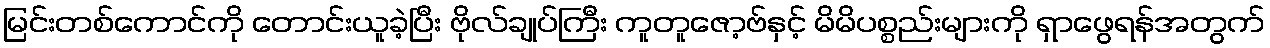
မြင်းတစ်ကောင်ကို တောင်းယူခဲ့ပြီး ဗိုလ်ချုပ်ကြီး ကူတူဇော့ဗ်နှင့် မိမိပစ္စည်းများကို ရှာဖွေရန်အတွက်